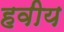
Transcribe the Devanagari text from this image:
हवीय